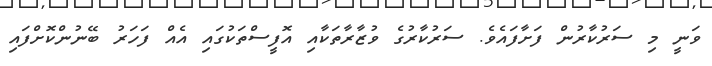
ވަނީ މި ސަރުކާރުން ފަށާފައެވެ. ސަރުކާރުގެ ވުޒާރާތަކާއި އޮފީސްތަކުގައި އެއް ފަހަރު ބޭނުންކޮށްފައި